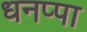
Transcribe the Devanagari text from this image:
धनप्पा